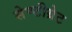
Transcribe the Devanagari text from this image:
सेण्टीग्रेट